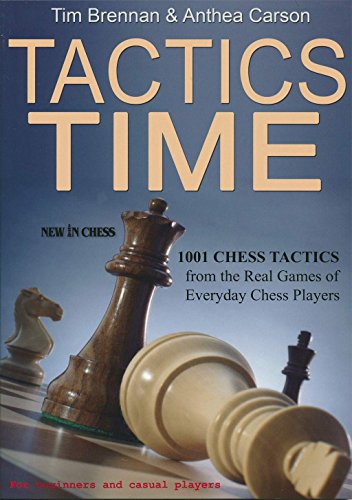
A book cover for Tactics Time!: 1001 Chess Tactics from the Games of Everyday Chess Players; Tim Brennan; Humor & Entertainment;